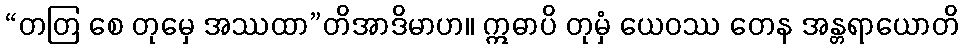
“တတြ စေ တုမှေ အဿထာ”တိအာဒိမာဟ။ ဣဓာပိ တုမှံ ယေဝဿ တေန အန္တရာယောတိ